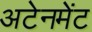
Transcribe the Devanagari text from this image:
अटेनमेंट